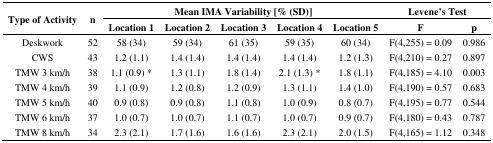
| <ROWSPAN=3> Type of Activity | <ROWSPAN=3> n | <COLSPAN=5> Mean IMA Variability [%(SD)] | <COLSPAN=2> Levene'sTest |
 | Location 1 | Location 2 | Location 3 | Location 4 | Location 5 | F | p |
 | --- | --- | --- | --- | --- | --- | --- | --- | --- |
 | Deskwork | 52 | 58 (34) | 59 (34) | 61 (35) | 59 (35) | 60 (34) | F(4,255) = 0.09 | 0.986 |
 | CWS | 43 | 1.2 (1.1) | 1.4 (1.4) | 1.4 (1.4) | 1.4 (1.4) | 1.2 (1.3) | F(4,210) = 0.27 | 0.897 |
 | TMW 3 km/h | 38 | 1.1 (0.9) * | 1.3 (1.1) | 1.8 (1.4) | 2.1 (1.3) * | 1.8 (1.1) | F(4,185) = 4.10 | 0.003 |
 | TMW 4 km/h | 39 | 1.1 (0.9) | 1.2 (0.8) | 1.2 (0.9) | 1.3 (1.1) | 1.4 (1.0) | F(4,190) = 0.57 | 0.683 |
 | TMW 5 km/h | 40 | 0.9 (0.8) | 0.9 (0.8) | 1.1 (0.8) | 1.0 (0.9) | 0.8 (0.7) | F(4,195) = 0.77 | 0.544 |
 | TMW 6 km/h | 37 | 1.0 (0.7) | 1.0 (0.7) | 1.1 (0.7) | 1.0 (0.7) | 0.9 (0.7) | F(4,180) = 0.43 | 0.787 |
 | TMW 8 km/h | 34 | 2.3 (2.1) | 1.7 (1.6) | 1.6 (1.6) | 2.3 (2.1) | 2.0 (1.5) | F(4,165) = 1.12 | 0.348 |